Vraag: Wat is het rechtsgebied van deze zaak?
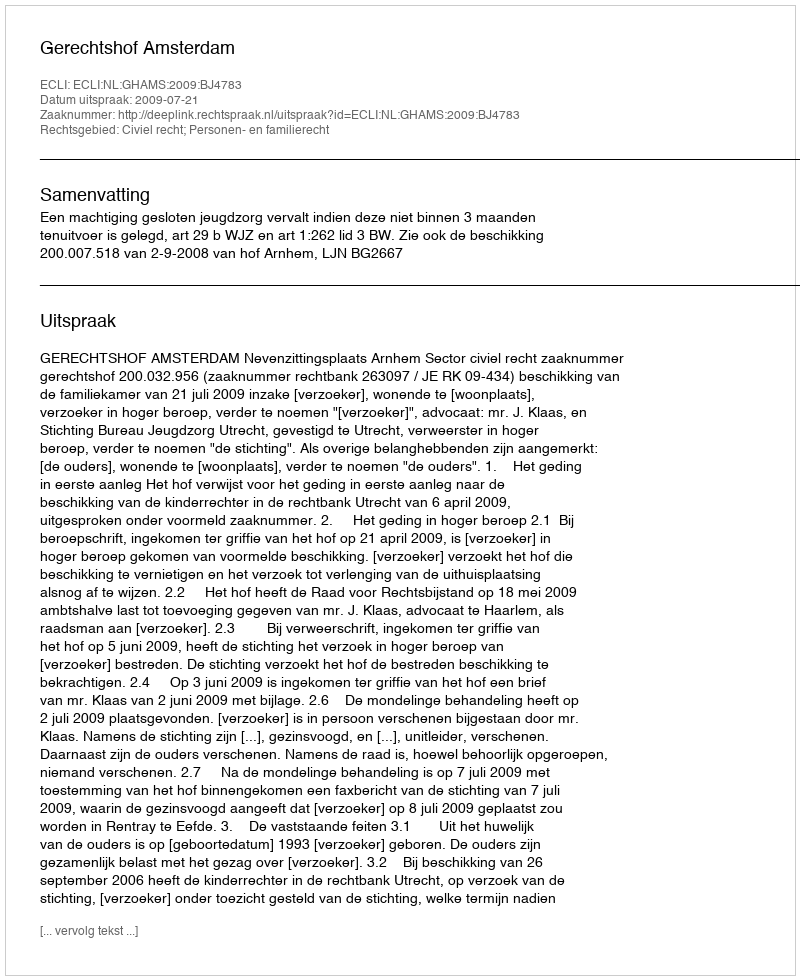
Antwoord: Civiel recht; Personen- en familierecht